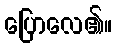
ပြောလေ၏။